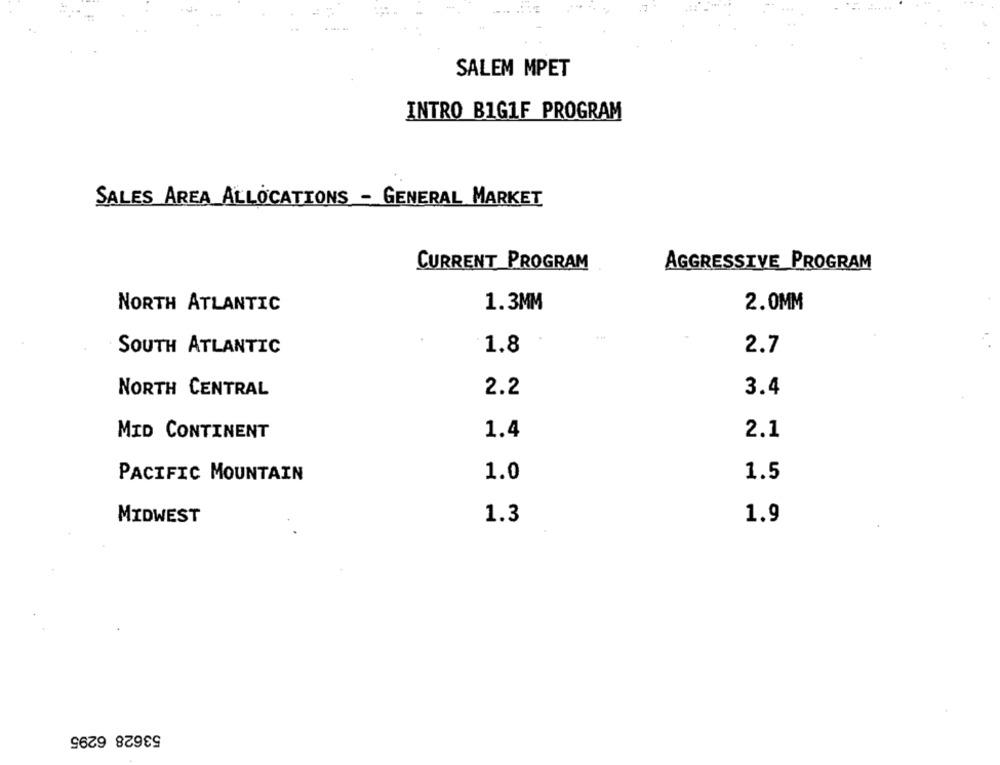
SALEM MPET
INTRO BIG1F PROGRAM
SALES AREA ALLOCATIONS - GENERAL MARKET
CURRENT PROGRAM
AGGRESSIVE_PROGRAM
1.3MM
2.0MM
NORTH ATLANTIC
SOUTH ATLANTIC
1.8
2.7
NORTH CENTRAL
2.2
3.4
MID CONTINENT
1.4
2.1
1.0
PACIFIC MOUNTAIN
1.5
MIDWEST
1.3
1.9
53628 6295